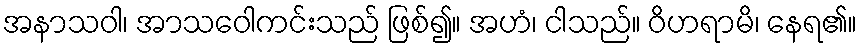
အနာသဝါ၊ အာသဝေါကင်းသည် ဖြစ်၍။ အဟံ၊ ငါသည်။ ဝိဟရာမိ၊ နေရ၏။